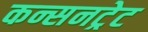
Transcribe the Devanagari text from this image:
कन्सनट्रेट